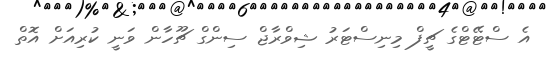
އެ ސްޓޭޓްގެ ޗީފް މިނިސްޓަރު ޝިވްރާޖް ސިންގް ޗޫހާން ވަނީ ކުރިއަށް އޮތް